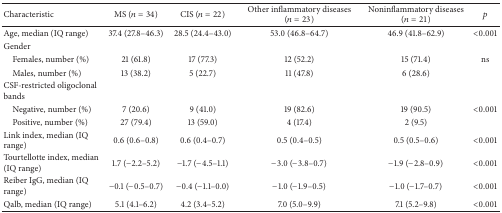
<table><thead><tr><td><b>Characteristic</b></td><td><b>MS (<i>n</i> = 34)</b></td><td><b>CIS (<i>n</i> = 22)</b></td><td><b>Other inflammatory diseases (<i>n</i> = 23)</b></td><td><b>Noninflammatory diseases (<i>n</i> = 21)</b></td><td><b><i>p</i></b></td></tr></thead><tbody><tr><td>Age, median (IQ range)</td><td>37.4 (27.8–46.3)</td><td>28.5 (24.4–43.0)</td><td>53.0 (46.8–64.7)</td><td>46.9 (41.8–62.9)</td><td>&lt;0.001</td></tr><tr><td>Gender</td><td> </td><td> </td><td> </td><td> </td><td> </td></tr><tr><td> Females, number (%)</td><td>21 (61.8)</td><td>17 (77.3)</td><td>12 (52.2)</td><td>15 (71.4)</td><td>ns</td></tr><tr><td> Males, number (%)</td><td>13 (38.2)</td><td>5 (22.7)</td><td>11 (47.8)</td><td>6 (28.6)</td><td> </td></tr><tr><td>CSF-restricted oligoclonal bands</td><td> </td><td> </td><td> </td><td> </td><td> </td></tr><tr><td> Negative, number (%)</td><td>7 (20.6)</td><td>9 (41.0)</td><td>19 (82.6)</td><td>19 (90.5)</td><td>&lt;0.001</td></tr><tr><td> Positive, number (%)</td><td>27 (79.4)</td><td>13 (59.0)</td><td>4 (17.4)</td><td>2 (9.5)</td><td> </td></tr><tr><td>Link index, median (IQ range)</td><td>0.6 (0.6–0.8)</td><td>0.6 (0.4–0.7)</td><td>0.5 (0.4–0.5)</td><td>0.5 (0.5–0.6)</td><td>&lt;0.001</td></tr><tr><td>Tourtellotte index, median (IQ range)</td><td>1.7 (−2.2–5.2)</td><td>−1.7 (−4.5–1.1)</td><td>−3.0 (−3.8–0.7)</td><td>−1.9 (−2.8–0.9)</td><td>&lt;0.001</td></tr><tr><td>Reiber IgG, median (IQ range)</td><td>−0.1 (−0.5–0.7)</td><td>−0.4 (−1.1–0.0)</td><td>−1.0 (−1.9–0.5)</td><td>−1.0 (−1.7–0.7)</td><td>&lt;0.001</td></tr><tr><td>Qalb, median (IQ range)</td><td>5.1 (4.1–6.2)</td><td>4.2 (3.4–5.2)</td><td>7.0 (5.0–9.9)</td><td>7.1 (5.2–9.8)</td><td>&lt;0.001</td></tr></tbody></table>